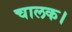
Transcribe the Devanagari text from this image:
चालक।